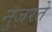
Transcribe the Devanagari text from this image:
नुजरते